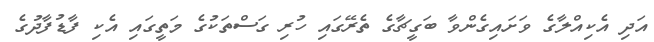
އަދި އެކިއްލާގެ ވަށައިގެންވާ ބަގީޗާގެ ތެރޭގައި ހުރި ގަސްތަކުގެ މަތީގައި އެކި ފާޑުފާދުގެ